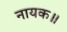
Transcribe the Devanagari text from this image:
नायक॥